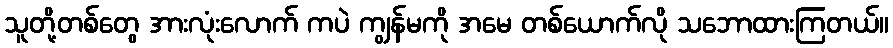
သူတို့တစ်တွေ အားလုံးလောက် ကပဲ ကျွန်မကို အမေ တစ်ယောက်လို သဘောထားကြတယ်။